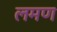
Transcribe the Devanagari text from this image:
लमण